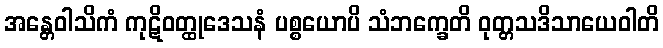
အန္တေဝါသိကံ ကုဋိဝတ္ထုဒေသနံ ပစ္စယောပိ သံဘက္ခေတိ ဝုတ္တသဒိသာယေဝါတိ